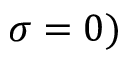
\sigma = 0 )